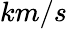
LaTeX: km/s